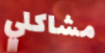
مشاكلي